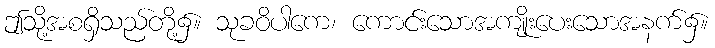
ဤသို့အစရှိသည်တို့၌။ သုခဝိပါကေ၊ ကောင်းသောအကျိုးပေးသောအနက်၌။